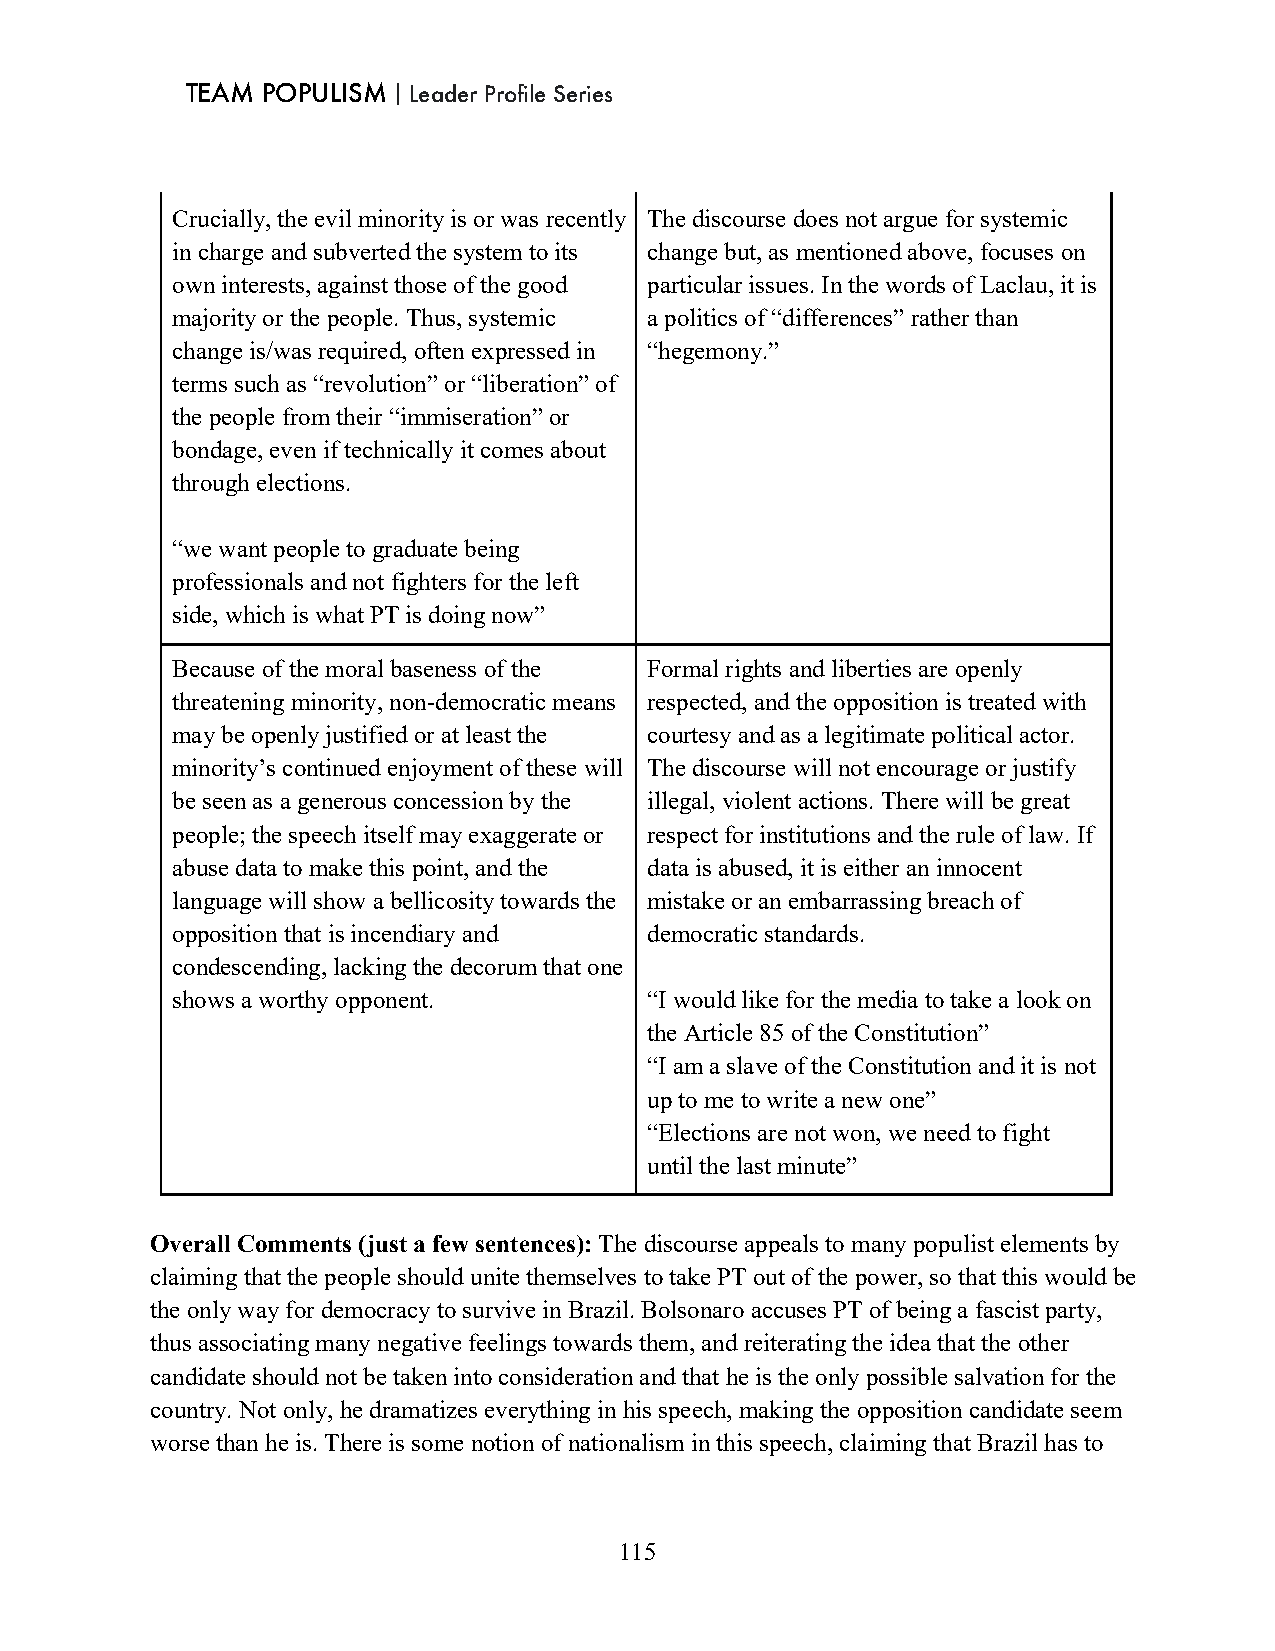
TEAM POPULISM｜Leader Profile Series
 Crucially, the evil minority is or was recently The discourse does not argue for systemic
 in charge and subverted the system to its change but, as mentioned above, focuses on
 own interests, against those of the good particular issues. In the words of Laclau, it is
 majority or the people. Thus, systemic a politics of “differences” rather than
 change is/was required, often expressed in “hegemony.”
 terms such as “revolution” or “liberation” of
 the people from their “immiseration” or
 bondage, even if technically it comes about
 through elections.
 “we want people to graduate being
 professionals and not fighters for the left
 side, which is what PT is doing now”
 Because of the moral baseness of the Formal rights and liberties are openly
 threatening minority, non-democratic means respected, and the opposition is treated with
 may be openly justified or at least the courtesy and as a legitimate political actor.
 minority’s continued enjoyment of these will The discourse will not encourage or justify
 be seen as a generous concession by the illegal, violent actions. There will be great
 people; the speech itself may exaggerate or respect for institutions and the rule of law. If
 abuse data to make this point, and the data is abused, it is either an innocent
 language will show a bellicosity towards the mistake or an embarrassing breach of
 opposition that is incendiary and democratic standards.
 condescending, lacking the decorum that one
 shows a worthy opponent.        “I would like for the media to take a look on
 the Article 85 of the Constitution”
 “I am a slave of the Constitution and it is not
 up to me to write a new one”
 “Elections are not won, we need to fight
 until the last minute”
 Overall Comments (just a few sentences): The discourse appeals to many populist elements by
 claiming that the people should unite themselves to take PT out of the power, so that this would be
 the only way for democracy to survive in Brazil. Bolsonaro accuses PT of being a fascist party,
 thus associating many negative feelings towards them, and reiterating the idea that the other
 candidate should not be taken into consideration and that he is the only possible salvation for the
 country. Not only, he dramatizes everything in his speech, making the opposition candidate seem
 worse than he is. There is some notion of nationalism in this speech, claiming that Brazil has to
 115